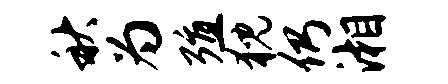
秋为殖猊仍湘